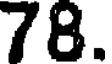
78.